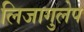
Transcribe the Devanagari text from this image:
लिजागुलेप